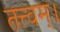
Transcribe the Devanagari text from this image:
तत्त्वम्।